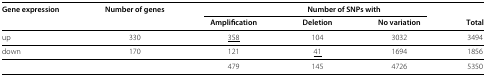
<table><thead><tr><td><b>Gene expression</b></td><td><b>Number of genes</b></td><td colspan="3"><b>Number of SNPs with</b></td><td><b> </b></td></tr></thead><tbody><tr><td> </td><td> </td><td><b>Amplification</b></td><td><b>Deletion</b></td><td><b>No variation</b></td><td><b>Total</b></td></tr><tr><td>up</td><td>330</td><td><underline>358</underline></td><td>104</td><td>3032</td><td>3494</td></tr><tr><td>down</td><td>170</td><td>121</td><td><underline>41</underline></td><td>1694</td><td>1856</td></tr><tr><td> </td><td> </td><td>479</td><td>145</td><td>4726</td><td>5350</td></tr></tbody></table>